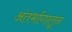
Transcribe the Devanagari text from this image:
अंतर्भागातून